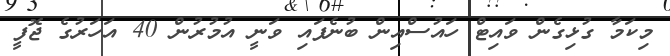
މިކަމާ ގުޅިގެން ވައިޓް ހައުސްއިން ބުނެފައި ވަނީ އުމުރުން 40 އަހަރުގެ ޖޮފީ